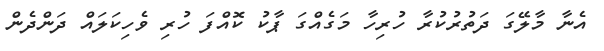
އެނާ މާލޭގަ ދަތުރުކުރާ ހުރިހާ މަގެއްގަ ޕާކު ކޮއްފަ ހުރި ވެހިކަލައް ދަންދެން